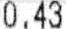
0.43